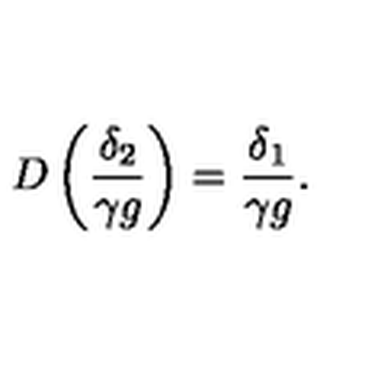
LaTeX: D \left( \frac { \delta _ { 2 } } { \gamma g } \right) = \frac { \delta _ { 1 } } { \gamma g } .